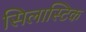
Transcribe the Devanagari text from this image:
सिलास्टिक